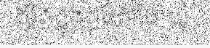
ស្ថិតក្នុងភូមិតាមែ ឃុំ